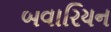
બવારિયન